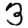
Digit: 3